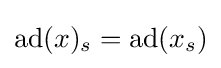
\operatorname {ad} (x)_{s}=\operatorname {ad} (x_{s})